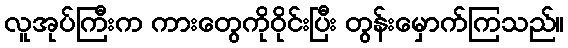
လူအုပ်ကြီးက ကားတွေကိုဝိုင်းပြီး တွန်းမှောက်ကြသည်။